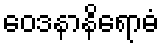
ဝေဒနာနိရောဓံ